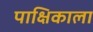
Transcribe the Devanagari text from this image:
पाक्षिकाला